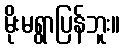
မိုးမရွာပြန်ဘူး။